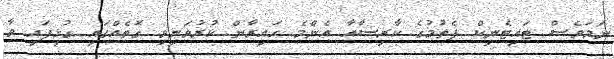
ނަމަވެސް ޓައިޓެނިކް ފެތުމުގެ ކާރިސާއާ އެންމެ ހައިރާން ކުރުވަނިވި ގޮތެއްގައި ގުޅިފައި ވާ